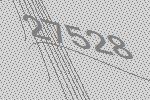
27528